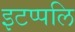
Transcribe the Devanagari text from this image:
इटप्पलि